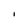
Character: I